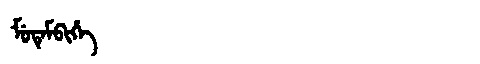
Manchu: ᠮᡠᡨᡝᠮᠪᡳᡥᡝ
Romanization: MUTEMBIHE